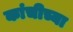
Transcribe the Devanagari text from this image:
कांचीच्या